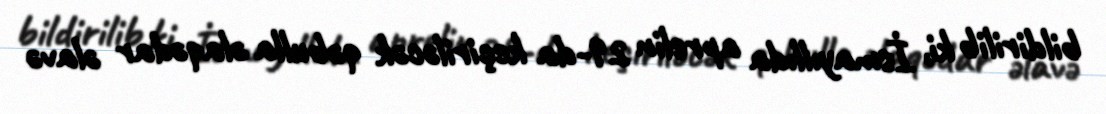
bildirilib ki, İsmayıllıda aprelin 29-da keçiriləcək qəbulla əlaqədar əlavə